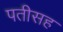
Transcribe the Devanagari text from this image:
पतीसह